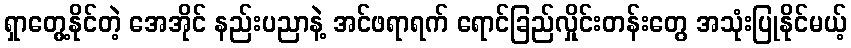
ရှာတွေ့နိုင်တဲ့ အေအိုင် နည်းပညာနဲ့ အင်ဖရာရက် ရောင်ခြည်လှိုင်းတန်းတွေ အသုံးပြုနိုင်မယ့်